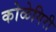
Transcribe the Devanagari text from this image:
कोळेगिरी